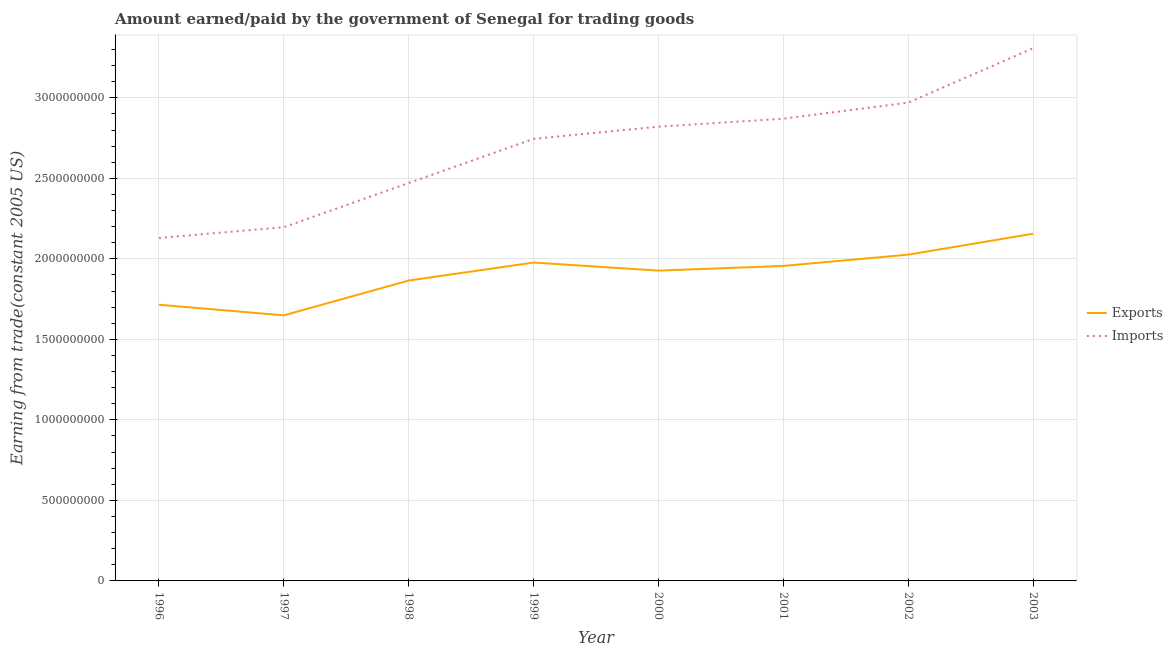
| Year | Exports | Imports |
 | --- | --- | --- |
 | 1996 | 1.72e+09 | 2.13e+09 |
 | 1997 | 1.65e+09 | 2.2e+09 |
 | 1998 | 1.87e+09 | 2.47e+09 |
 | 1999 | 1.98e+09 | 2.75e+09 |
 | 2000 | 1.93e+09 | 2.82e+09 |
 | 2001 | 1.96e+09 | 2.87e+09 |
 | 2002 | 2.03e+09 | 2.97e+09 |
 | 2003 | 2.16e+09 | 3.31e+09 |